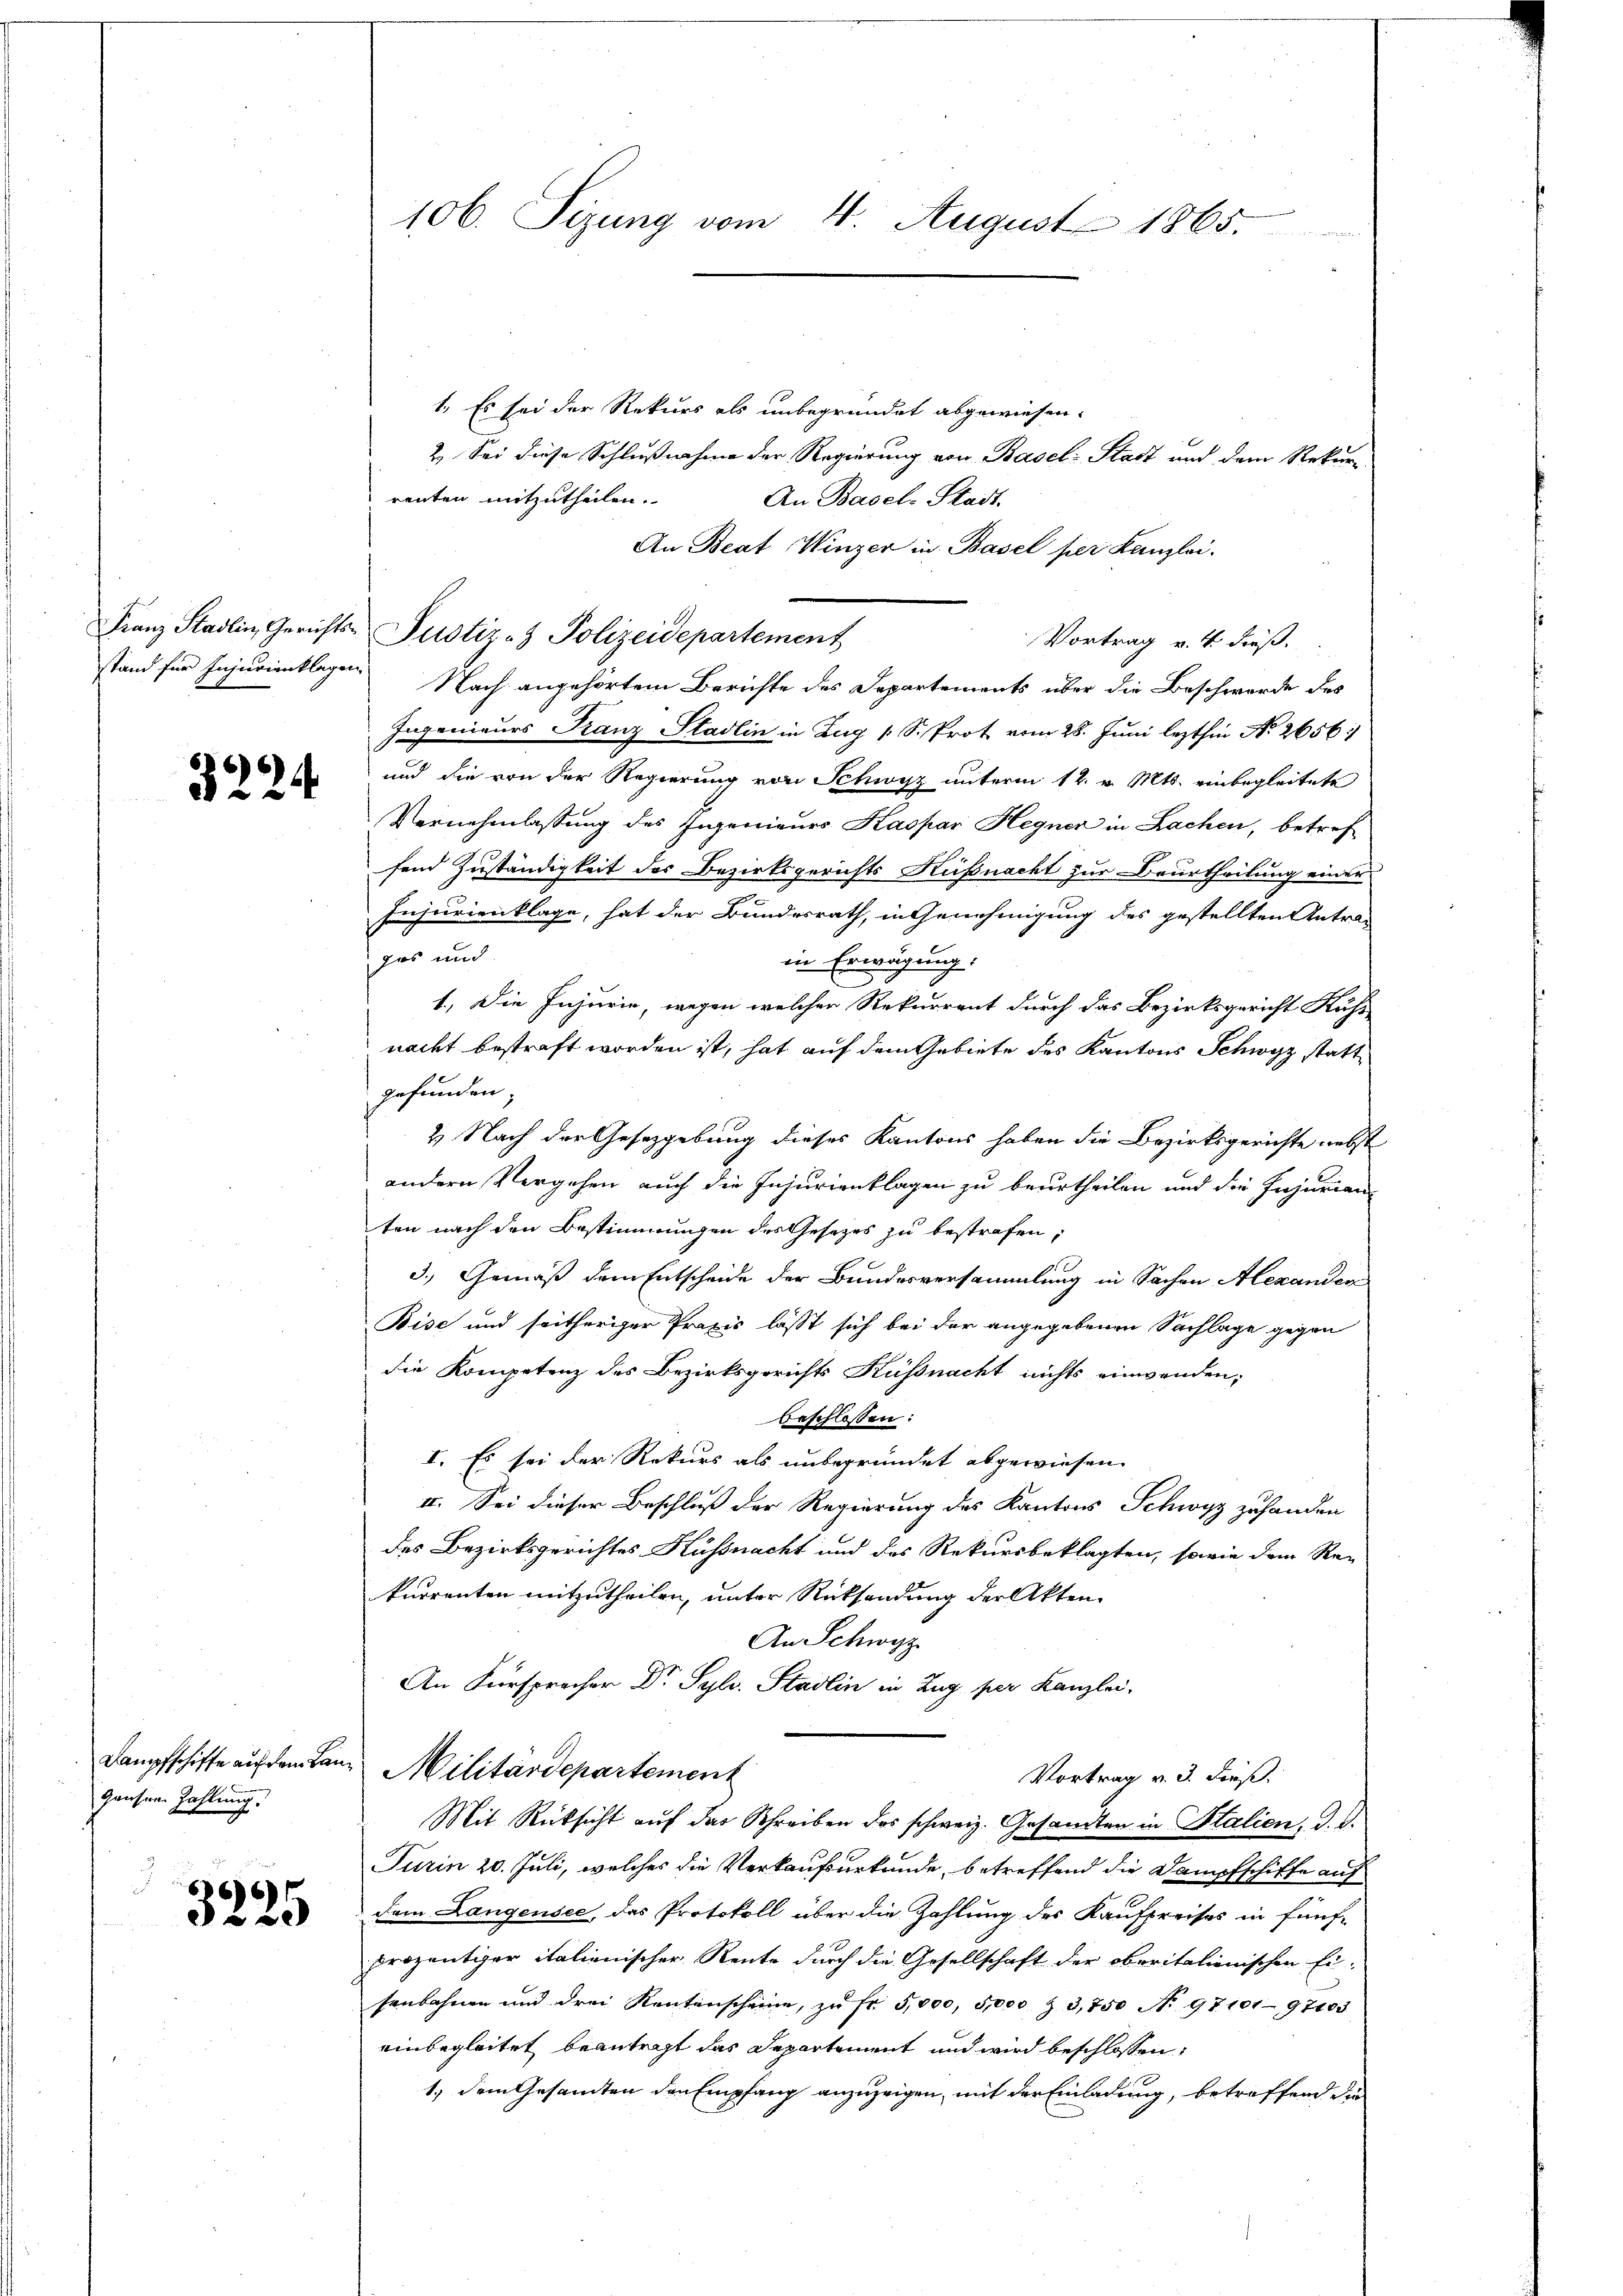
324

Hausen Zahlung.

3225

1. Es sei der Rekurs als unbegründet abgewiesen.
2. Sei diese Schlußnahme der Regierung von Basel-Stadt und dem Rekur
renten mitzutheilen.
An Basel-Stadt.
An Beat Winzer in Basel per Kanzlei.
Vortrag v. 4. dieß.
stand für Injurienklagen Nach angehörtem Berichte des Departements über die Beschwerde des
Ingenieurs Franz Stadlin in Zug 1 S. Prot vom 28. Juni lezthin No 2656
und die von der Regierung von Schwyz unterm 12. v. Mts. einbegleitete
Vernehmlassung des Ingenieurs Kaspar Hegner in Lachen, betref
fend Zuständigkeit des Bezirksgerichts Küßnacht zur Beurtheilung einer
Injurienklage, hat der Bundesrath, in Genehmigung des gestellten Antradas und
in Erwägung.
1.) Die Injurie, wegen welcher Rekurrent durch das Bezirksgericht Kuhs
nacht bestraft worden ist, hat auf dem Gebiete des Kantons Schwyz stattgefunden;
2 Nach der Gesetzgebung dieses Kantons haben die Bezirksgerichte nebst
andern Vergehen auch die Injurienklagen zu beurtheilen und die Injurian
ten nach den Bestimmungen des Gesetzes zu bestrafen,
3.) Gemäß dem Entscheide der Bundesversammlung in Sachen Alexanden
Bise und seitheriger Praxis lässt sich bei der angegebenen Sachlage gegen
die Kompetenz des Bezirksgerichts Küssnacht nichts einwenden;
beschlossen:
I. Es sei der Rekurs als unbegründet abgewiesen.
II. Sei dieser Beschluß der Regierung des Kantons Schwyz zuhanden
des Bezirksgerichtes Küssnacht und des Rekursbeklagten, sowie dem Re-
kurrenten mitzutheilen, unter Rücksendung der Akten.
An Schwyz
An Fürsprecher Dr Sylv. Stadlin in Zug per Kanzlei-
Dampfschiffe auf dem Bann Militärdepartement
Vortrag v. 3. Finß.
Mit Rücksicht auf das Schreiben des schweiz. Gesandten in Italien, d. d.
Turin 20. Juli, welches die Verkaufsurkunde, betreffend die Dampfschikte auf
dem Langensee, das Protokoll über die Zahlung des Kaufpreises in fünf-
prozentiger italienischer Rente durch die Gesellschaft der oberitalienischen Ei-
senbahnen und drei Rentenscheine, zŭ fr. 5,000, 5,000 & 3,750 No 9710197403
einbegleitet beantragt das Departement und wird beschlossen:
1.) Dem Gesamten den Empfang anzuzeigen, mit der Einladung, betreffend die

106. Seizung vom 4. August 1865.

Franz Stadlin, Gerichts- Justiz- & Polizeidepartement